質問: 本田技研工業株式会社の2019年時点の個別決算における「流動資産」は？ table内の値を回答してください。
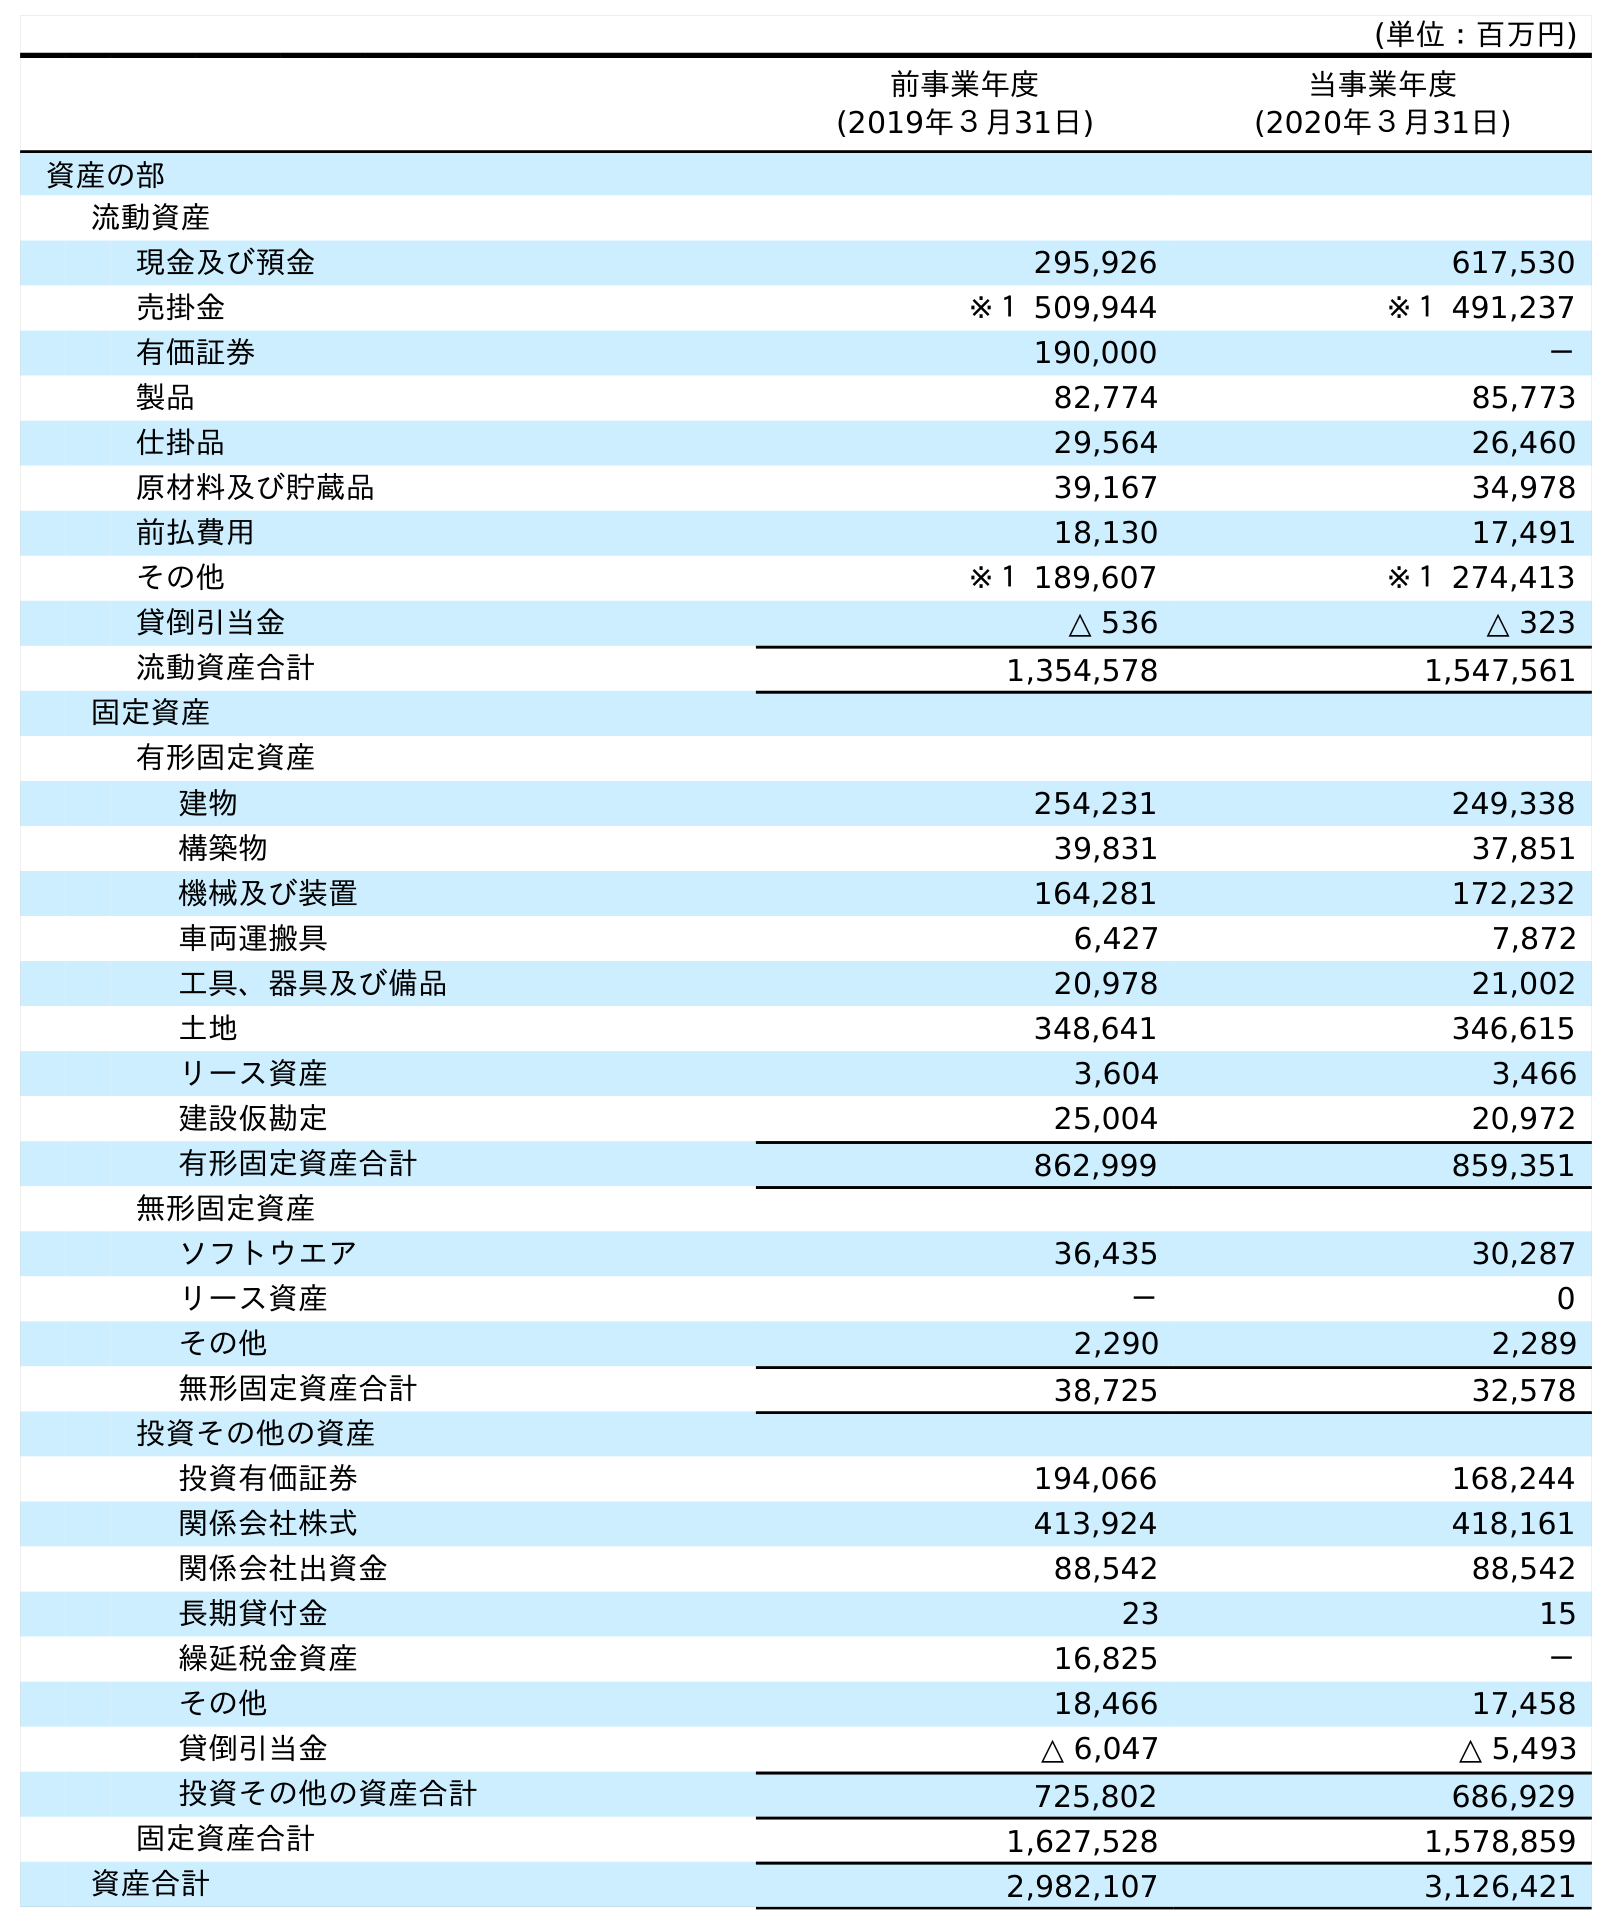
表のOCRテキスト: (単位：百万円) 前事業年度 (2019年３月31日) 当事業年度 (2020年３月31日) 資産の部 流動資産 現金及び預金 295,926 617,530 売掛金 ※１ 509,944 ※１ 491,237 有価証券 190,000 － 製品 82,774 85,773 仕掛品 29,564 26,460 原材料及び貯蔵品 39,167 34,978 前払費用 18,130 17,491 その他 ※１ 189,607 ※１ 274,413 貸倒引当金 △ 536 △ 323 流動資産合計 1,354,578 1,547,561 固定資産 有形固定資産 建物 254,231 249,338 構築物 39,831 37,851 機械及び装置 164,281 172,232 車両運搬具 6,427 7,872 工具、器具及び備品 20,978 21,002 土地 348,641 346,615 リース資産 3,604 3,466 建設仮勘定 25,004 20,972 有形固定資産合計 862,999 859,351 無形固定資産 ソフトウエア 36,435 30,287 リース資産 － 0 その他 2,290 2,289 無形固定資産合計 38,725 32,578 投資その他の資産 投資有価証券 194,066 168,244 関係会社株式 413,924 418,161 関係会社出資金 88,542 88,542 長期貸付金 23 15 繰延税金資産 16,825 － その他 18,466 17,458 貸倒引当金 △ 6,047 △ 5,493 投資その他の資産合計 725,802 686,929 固定資産合計 1,627,528 1,578,859 資産合計 2,982,107 3,126,421
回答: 1,354,578